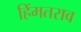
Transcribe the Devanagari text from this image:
हिंमतराव